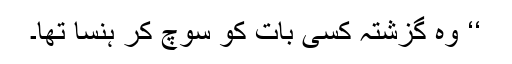
‘‘ وہ گزشتہ کسی بات کو سوچ کر ہنسا تھا۔